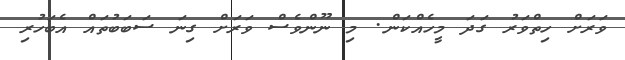
ވަރަށް ހިތްވަރު ގަދަ މީހެއްކަން. މި ނޫންވެސް ވަރަށް ގިނަ ސަބަބުތައް އެބަހުރި